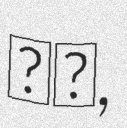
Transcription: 雅昭,